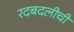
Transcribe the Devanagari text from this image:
रदबदलीची